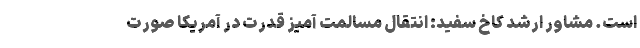
است. مشاور ارشد کاخ سفید:‌ انتقال مسالمت آمیز قدرت در آمریکا صورت